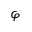
\varphi